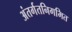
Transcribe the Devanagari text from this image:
अंतर्गतनिगमित